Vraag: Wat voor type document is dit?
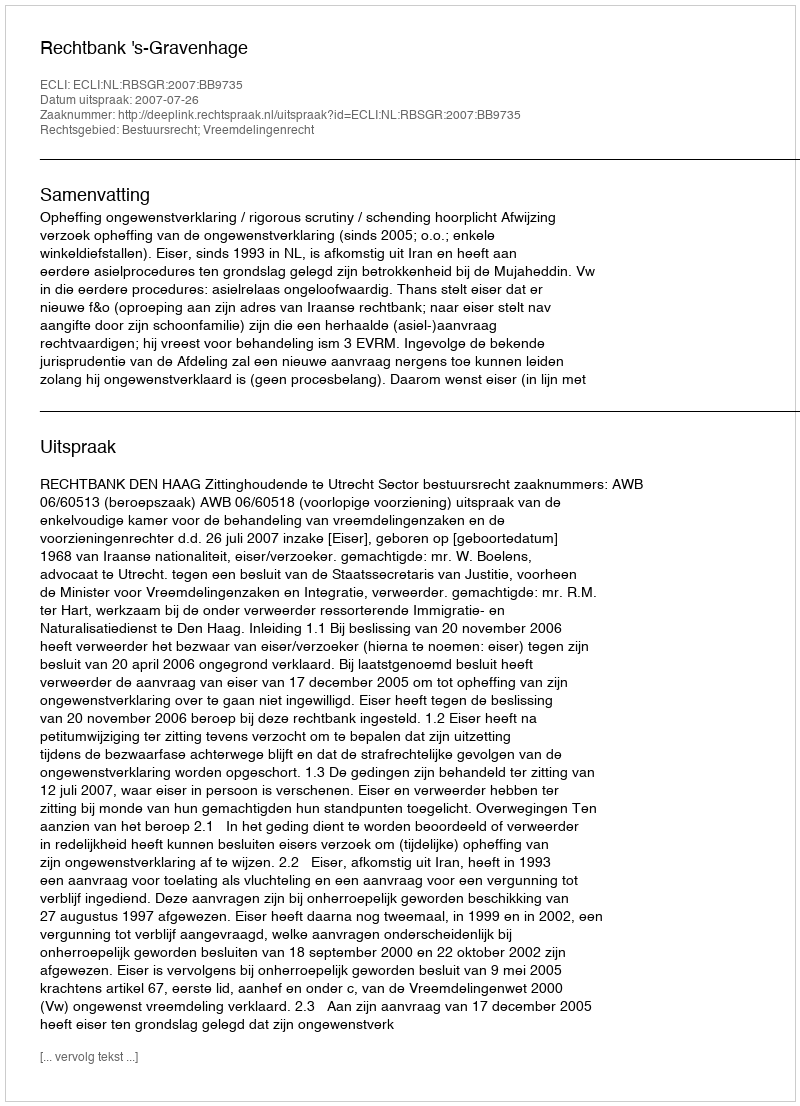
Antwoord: Uitspraak